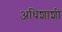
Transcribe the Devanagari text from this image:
अधिशाशी